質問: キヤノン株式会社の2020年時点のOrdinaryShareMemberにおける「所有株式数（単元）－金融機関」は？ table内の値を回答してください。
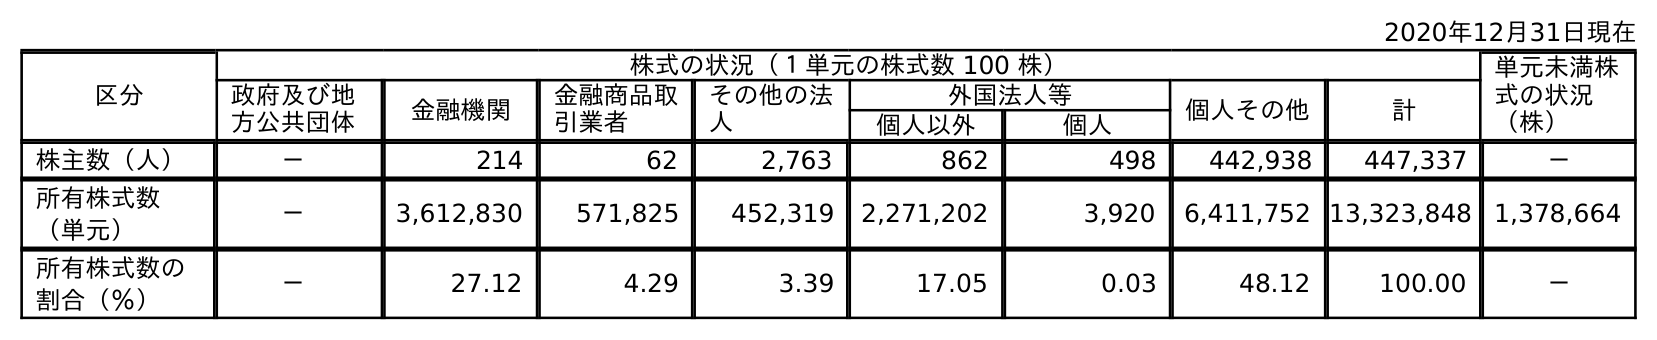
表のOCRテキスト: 2020年12月31日現在 区分 株式の状況（１単元の株式数 100 株） 単元未満株 式の状況 （株） 政府及び地 方公共団体 金融機関 金融商品取 引業者 その他の法 人 外国法人等 個人その他 計 個人以外 個人 株主数（人） － 214 62 2,763 862 498 442,938 447,337 － 所有株式数 （単元） － 3,612,830 571,825 452,319 2,271,202 3,920 6,411,752 13,323,848 1,378,664 所有株式数の 割合（％） － 27.12 4.29 3.39 17.05 0.03 48.12 100.00 －
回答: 3,612,830